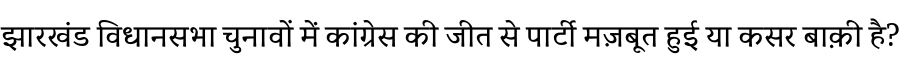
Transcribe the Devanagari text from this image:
झारखंड विधानसभा चुनावों में कांग्रेस की जीत से पार्टी मज़बूत हुई या कसर बाक़ी है?